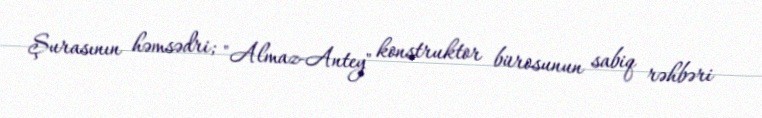
Şurasının həmsədri; "Almaz-Antey" konstruktor bürosunun sabiq rəhbəri